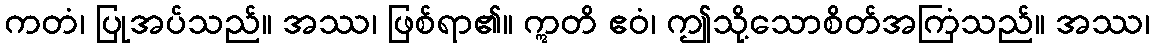
ကတံ၊ ပြုအပ်သည်။ အဿ၊ ဖြစ်ရာ၏။ ဣတိ ဧဝံ၊ ဤသို့သောစိတ်အကြံသည်။ အဿ၊